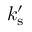
k _ { \mathrm { s } } ^ { \prime }